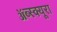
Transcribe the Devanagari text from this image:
ॲब्स्क्यूरा